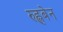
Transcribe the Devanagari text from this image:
रुह्लबेन